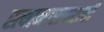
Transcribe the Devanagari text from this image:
स्त्यानाराय्नाची